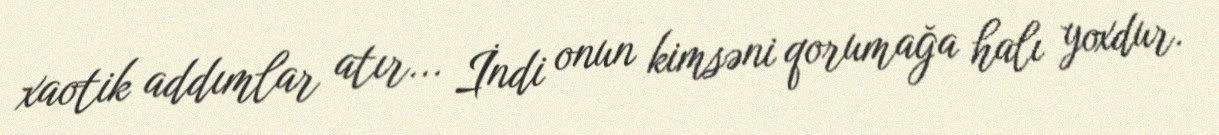
xaotik addımlar atır... İndi onun kimsəni qorumağa halı yoxdur.